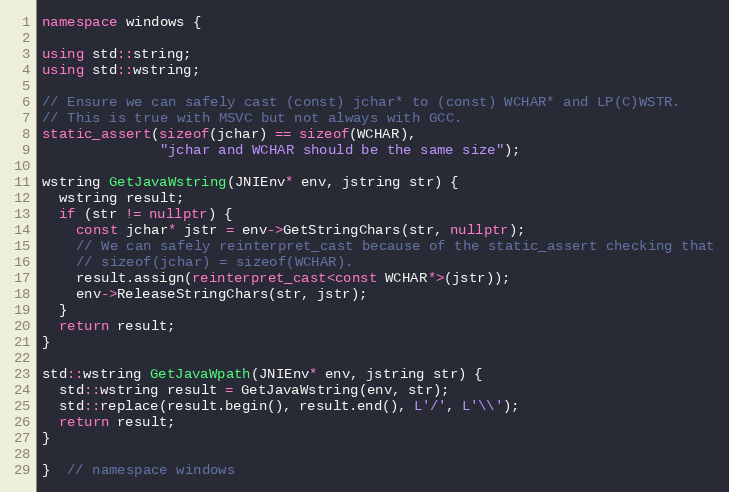
Language: C++
namespace windows {

using std::string;
using std::wstring;

// Ensure we can safely cast (const) jchar* to (const) WCHAR* and LP(C)WSTR.
// This is true with MSVC but not always with GCC.
static_assert(sizeof(jchar) == sizeof(WCHAR),
              "jchar and WCHAR should be the same size");

wstring GetJavaWstring(JNIEnv* env, jstring str) {
  wstring result;
  if (str != nullptr) {
    const jchar* jstr = env->GetStringChars(str, nullptr);
    // We can safely reinterpret_cast because of the static_assert checking that
    // sizeof(jchar) = sizeof(WCHAR).
    result.assign(reinterpret_cast<const WCHAR*>(jstr));
    env->ReleaseStringChars(str, jstr);
  }
  return result;
}

std::wstring GetJavaWpath(JNIEnv* env, jstring str) {
  std::wstring result = GetJavaWstring(env, str);
  std::replace(result.begin(), result.end(), L'/', L'\\');
  return result;
}

}  // namespace windows